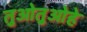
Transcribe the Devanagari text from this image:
तुओतुओहे